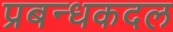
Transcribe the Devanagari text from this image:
प्रबन्धकदल